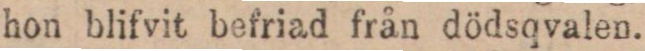
hon blifvit befriad från dödsqvalen.